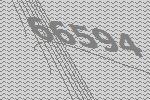
66594